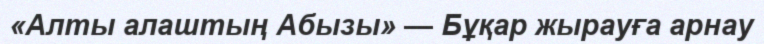
«Алты алаштың Абызы» — Бұқар жырауға арнау